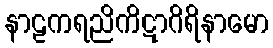
နာဠကရညိကိဋာဂိရိနာမော